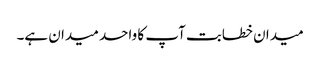
میدان خطابت آپ کا واحد میدان ہے۔